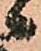
候